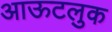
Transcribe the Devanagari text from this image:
आऊटलुक